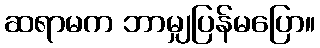
ဆရာမက ဘာမျှပြန်မပြော။